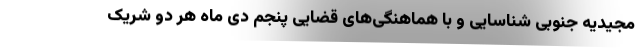
مجیدیه جنوبی شناسایی و با هماهنگی‌های قضایی پنجم دی ماه هر دو شریک